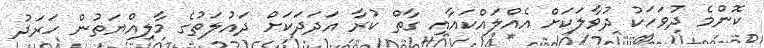
ކޮންމެ ދުވަހަކު ދުވާލަކަށް އެއްލައްކައާއި ގާތް ކުރާ އަދަދަކަށް ދައުލަތުގެ މާލިއްޔަތުން ހަރަދު